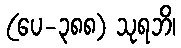
(ပေ-၃၈၈) သုရဘိ၊